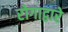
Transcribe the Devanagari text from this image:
रोगाद्वारे